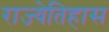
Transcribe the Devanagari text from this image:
राज्येतिहास